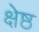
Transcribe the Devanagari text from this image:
क्षेष्ठ